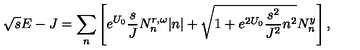
\sqrt { s } E - J = \sum _ { n } \left[ e ^ { U _ { 0 } } \frac { s } { J } N _ { n } ^ { r , \omega } | n | + \sqrt { 1 + e ^ { 2 U _ { 0 } } \frac { s ^ { 2 } } { J ^ { 2 } } n ^ { 2 } } N _ { n } ^ { y } \right] ,